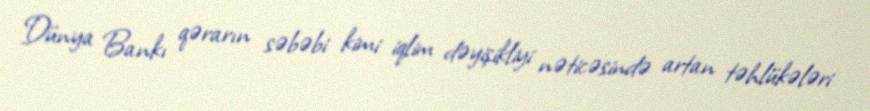
Dünya Bankı qərarın səbəbi kimi iqlim dəyişikliyi nəticəsində artan təhlükələri